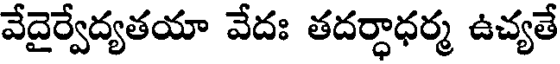
వేదైర్వేద్యతయా వేదః తదర్ధాధర్మ ఉచ్యతే